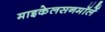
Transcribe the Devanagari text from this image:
माइकेलसनमॉर्ले